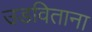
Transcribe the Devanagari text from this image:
उडविताना